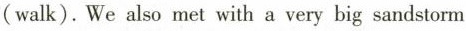
(walk).We also met with a very big sandstorm